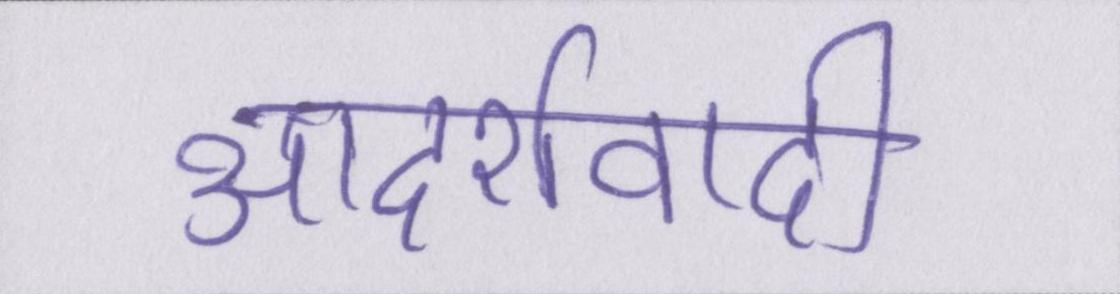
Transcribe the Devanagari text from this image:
आदर्शवादी